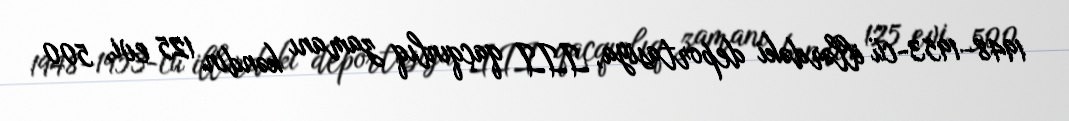
1948–1953-cü illərdəki deportasiya, III qaçqınlıq zamanı kəndin 125 evi, 500